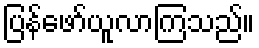
ပြန်ဖော်ယူလာကြသည်။